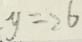
y = 2 6